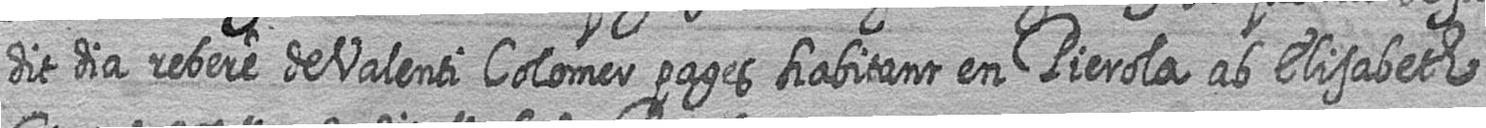
dit dia rebere de Valenti Colomer pages habitant en Pierola ab Elisabeth